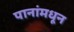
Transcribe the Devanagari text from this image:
पानांमधून